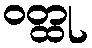
ဝတ္ထု